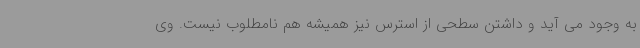
به وجود می آید و داشتن سطحی از استرس نیز همیشه هم نامطلوب نیست. وی